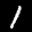
Label: 1